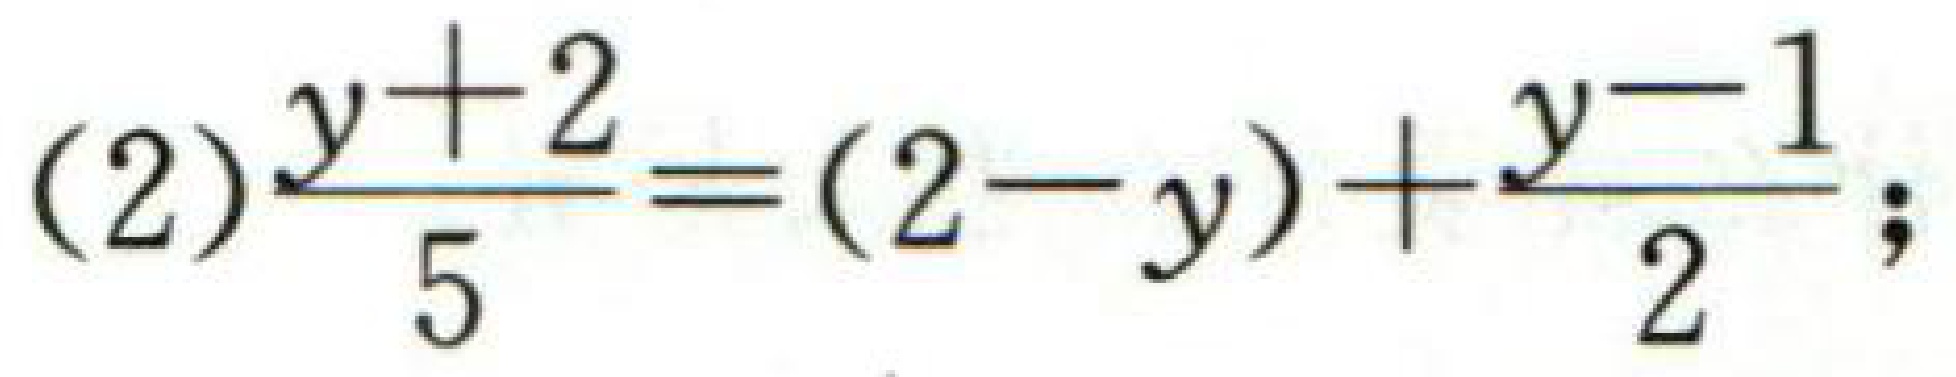
(2)$\dfrac{y + 2}{5}=(2 - y)+\dfrac{y - 1}{2}$;